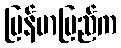
မြန်မာပြည်က